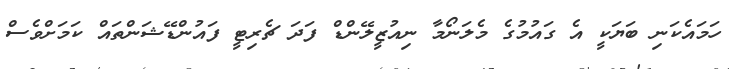
ހަމައެކަނި ބަޔަކީ އެ ގައުމުގެ މެލަނޯމާ ނިއުޒީލޭންޑް ފަދަ ޗެރިޓީ ފައުންޑޭޝަންތައް ކަމަށްވެސް